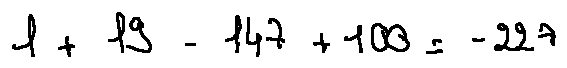
1 + 1 9 - 1 4 7 + 1 0 0 = - 2 2 7